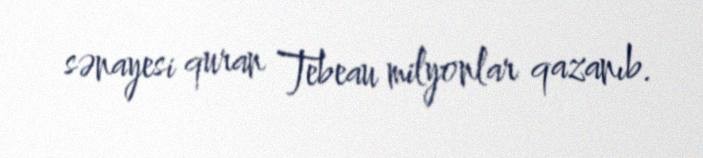
sənayesi quran Tebeau milyonlar qazanıb.